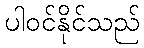
ပါဝင်နိုင်သည်